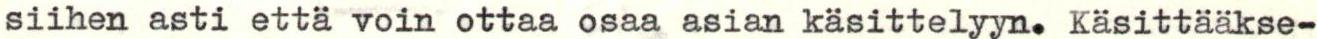
siihen asti että voin ottaa osaa asian käsittelyyn. Käsittääkse-